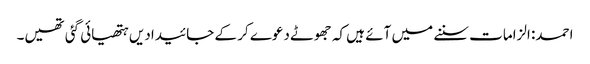
احمد: الزامات سننے میں آئے ہیں کہ جھوٹے دعوے کر کے جائیدادیں ہتھیائی گئی تھیں۔